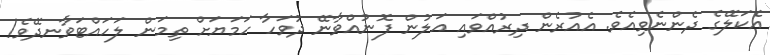
އެކަލޭގެ ދެންނެވިއެވެ. އެއުރެން ދިރުއްވައި އަލުން ފޮނުއްވާނޭ ދުވަހާ ހަމަޔަށް ތިމަން ލަހައްޓަވާނދޭވެ!